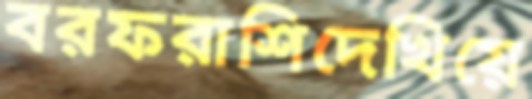
বরফরাশিদেখিয়ে